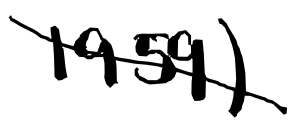
Text: 1959)
Cross-out: diagonal
Writing tool: digital_black